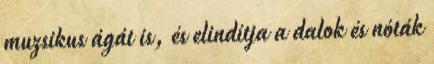
muzsikus ágát is, és elindítja a dalok és nóták